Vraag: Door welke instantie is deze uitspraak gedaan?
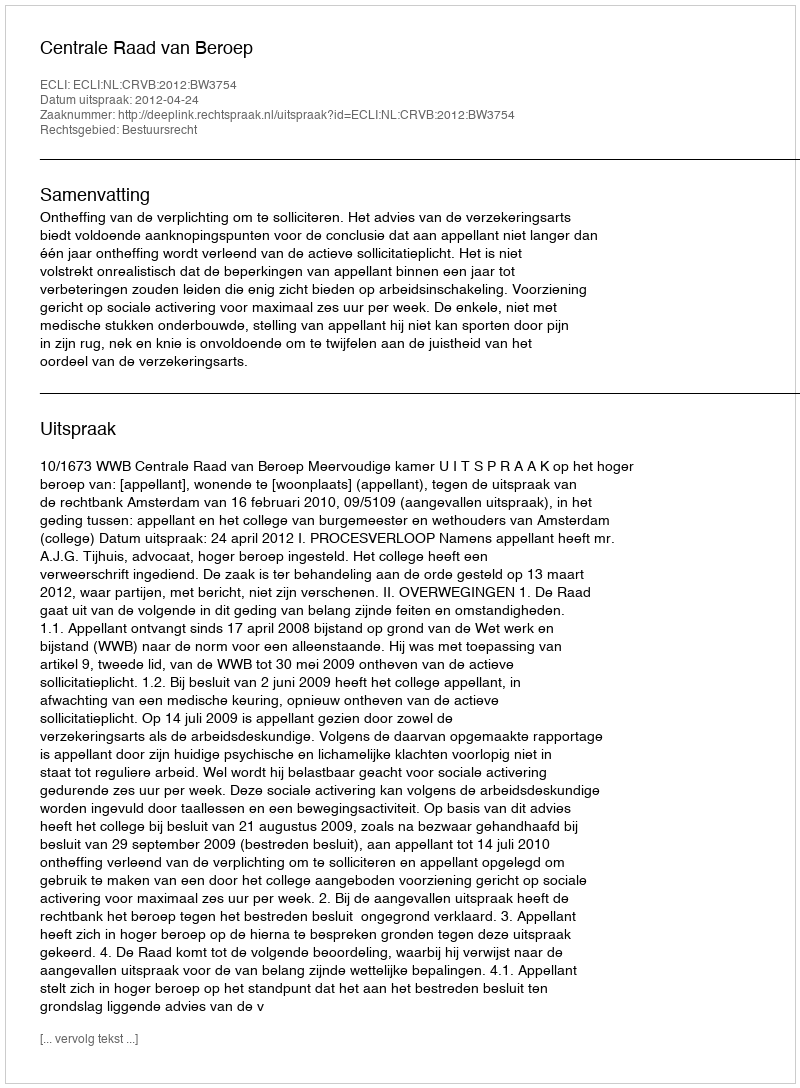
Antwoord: Centrale Raad van Beroep